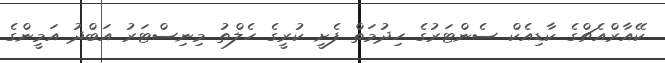
ކޭއާރްއެޗްގެ ކާޑިއެކް ސެންޓަރުގެ ހިދުމަތް ފެށީ ކުރީގެ ހެލްތު މިނިސްޓަރު އަބްދު އަމީންގެ